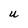
Character: U